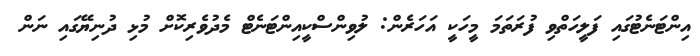
އިންޓަނެޓުގައި ފަލީހަތްވި ފުރަތަމަ މީހަކީ އަހަރެން: ލުވިންސްކީއިންޓަނެޓް މެދުވެރިކޮށް މުޅި ދުނިޔޭގައި ނަން